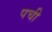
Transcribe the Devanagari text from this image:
पची